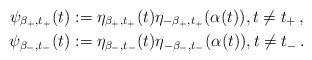
LaTeX: \begin{align*} \psi_{\beta_+,t_+}(t)&:= \eta_{\beta_+,t_+}(t)\eta_{-\beta_+,t_+}(\alpha(t)), t\neq t_+\,, \\ \psi_{\beta_-,t_-}(t)&:= \eta_{\beta_-,t_-}(t)\eta_{-\beta_-,t_-}(\alpha(t)), t\neq t_-\,. \end{align*}